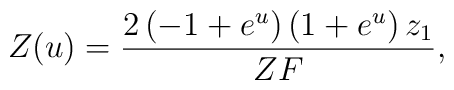
Z(u) = {{2 \left( -1 + {e^u} \right)  \left( 1 + {e^u} \right)  { z_1}} \over{ZF}},